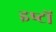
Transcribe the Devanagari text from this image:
इष्‍टों